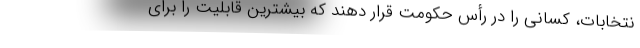
نتخابات، کسانی را در رأس حکومت قرار دهند که بیشترین قابلیت را برای